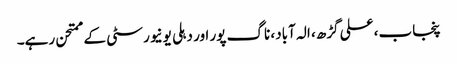
پنجاب، علی گڑھ، الہ آباد، ناگ پور اور دہلی یونیورسٹی کے ممتحن رہے۔